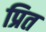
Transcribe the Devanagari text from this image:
प्रित